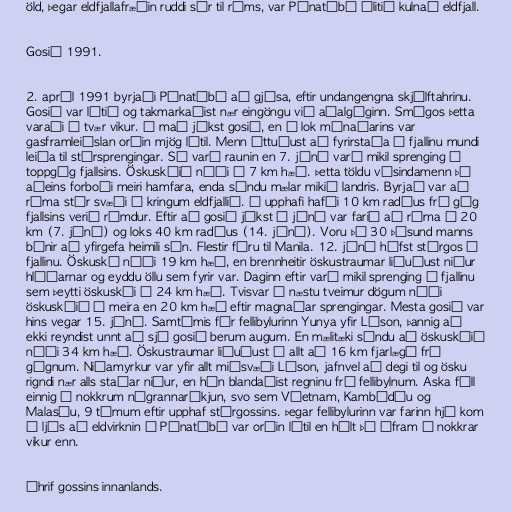
öld, þegar eldfjallafræðin ruddi sér til rúms, var Pínatúbó álitið kulnað eldfjall.

Gosið 1991.

2. apríl 1991 byrjaði Pínatúbó að gjósa, eftir undangengna skjálftahrinu.
Gosið var lítið og takmarkaðist nær eingöngu við aðalgíginn. Smágos þetta
varaði í tvær vikur. Í maí jókst gosið, en í lok mánaðarins var
gasframleiðslan orðin mjög lítil. Menn óttuðust að fyrirstaða í fjallinu mundi
leiða til stórsprengingar. Sú varð raunin en 7. júní varð mikil sprenging í
toppgíg fjallsins. Öskuskýið náði í 7 km hæð. Þetta töldu vísindamenn þó
aðeins forboði meiri hamfara, enda sýndu mælar mikið landris. Byrjað var að
rýma stór svæði í kringum eldfjallið. Í upphafi hafði 10 km radíus frá gíg
fjallsins verið rýmdur. Eftir að gosið jókst í júní var farið að rýma í 20
km (7. júní) og loks 40 km radíus (14. júní). Voru þá 30 þúsund manns
búnir að yfirgefa heimili sín. Flestir fóru til Manila. 12. júní hófst stórgos í
fjallinu. Öskuský náði 19 km hæð, en brennheitir öskustraumar liðuðust niður
hlíðarnar og eyddu öllu sem fyrir var. Daginn eftir varð mikil sprenging í fjallinu
sem þeytti öskuskýi í 24 km hæð. Tvisvar á næstu tveimur dögum náði
öskuskýið í meira en 20 km hæð eftir magnaðar sprengingar. Mesta gosið var
hins vegar 15. júní. Samtímis fór fellibylurinn Yunya yfir Lúson, þannig að
ekki reyndist unnt að sjá gosið berum augum. En mælitæki sýndu að öskuskýið
náði 34 km hæð. Öskustraumar liðuðust í allt að 16 km fjarlægð frá
gígnum. Niðamyrkur var yfir allt miðsvæði Lúson, jafnvel að degi til og ösku
rigndi nær alls staðar niður, en hún blandaðist regninu frá fellibylnum. Aska féll
einnig í nokkrum nágrannaríkjun, svo sem Víetnam, Kambódíu og
Malasíu, 9 tímum eftir upphaf stórgossins. Þegar fellibylurinn var farinn hjá kom
í ljós að eldvirknin í Pínatúbó var orðin lítil en hélt þó áfram í nokkrar
vikur enn.

Áhrif gossins innanlands.